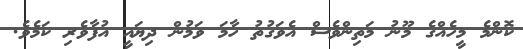
ކޮންމެ މީހެއްގެ މޫނު މަތިންވެސް އެވަގުތު ހާމަ ވަމުން ދިޔައީ އުފާވެރި ކަމެވެ.